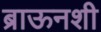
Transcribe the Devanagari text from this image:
ब्राऊनशी